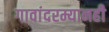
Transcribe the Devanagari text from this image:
गावांदरम्यानही